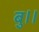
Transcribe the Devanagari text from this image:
बु।।